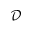
\mathcal D